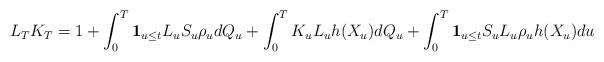
LaTeX: \begin{align*} &L_T K_T =1 + \int_{0}^{T}{\bf 1}_{u\leq t}L_u S_u \rho_u dQ_u + \int_{0}^{T}K_u L_u h(X_u)dQ_u + \int_{0}^{T} {\bf 1}_{u\leq t}S_u L_u \rho_u h(X_u)du \end{align*}